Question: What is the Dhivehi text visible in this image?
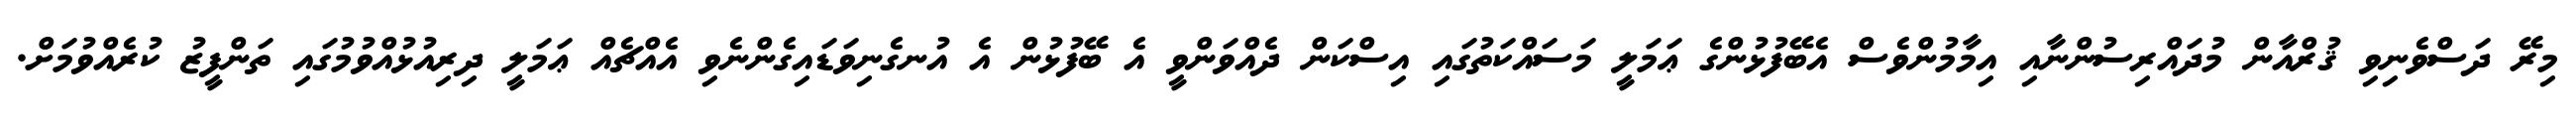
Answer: މިރޭ ދަސްވެނިވި ޤުރްއާން މުދައްރިސުންނާއި އިމާމުންވެސް އެބޭފުޅުންގެ ޢަމަލީ މަސައްކަތުގައި އިސްކަން ދެއްވަންވީ އެ ބޭފުޅުން އެ އުނގެނިވަޑައިގެންނެވި އެއްޗެއް ޢަމަލީ ދިރިއުޅުއްވުމުގައި ތަންފީޒު ކުރެއްވުމަށް.